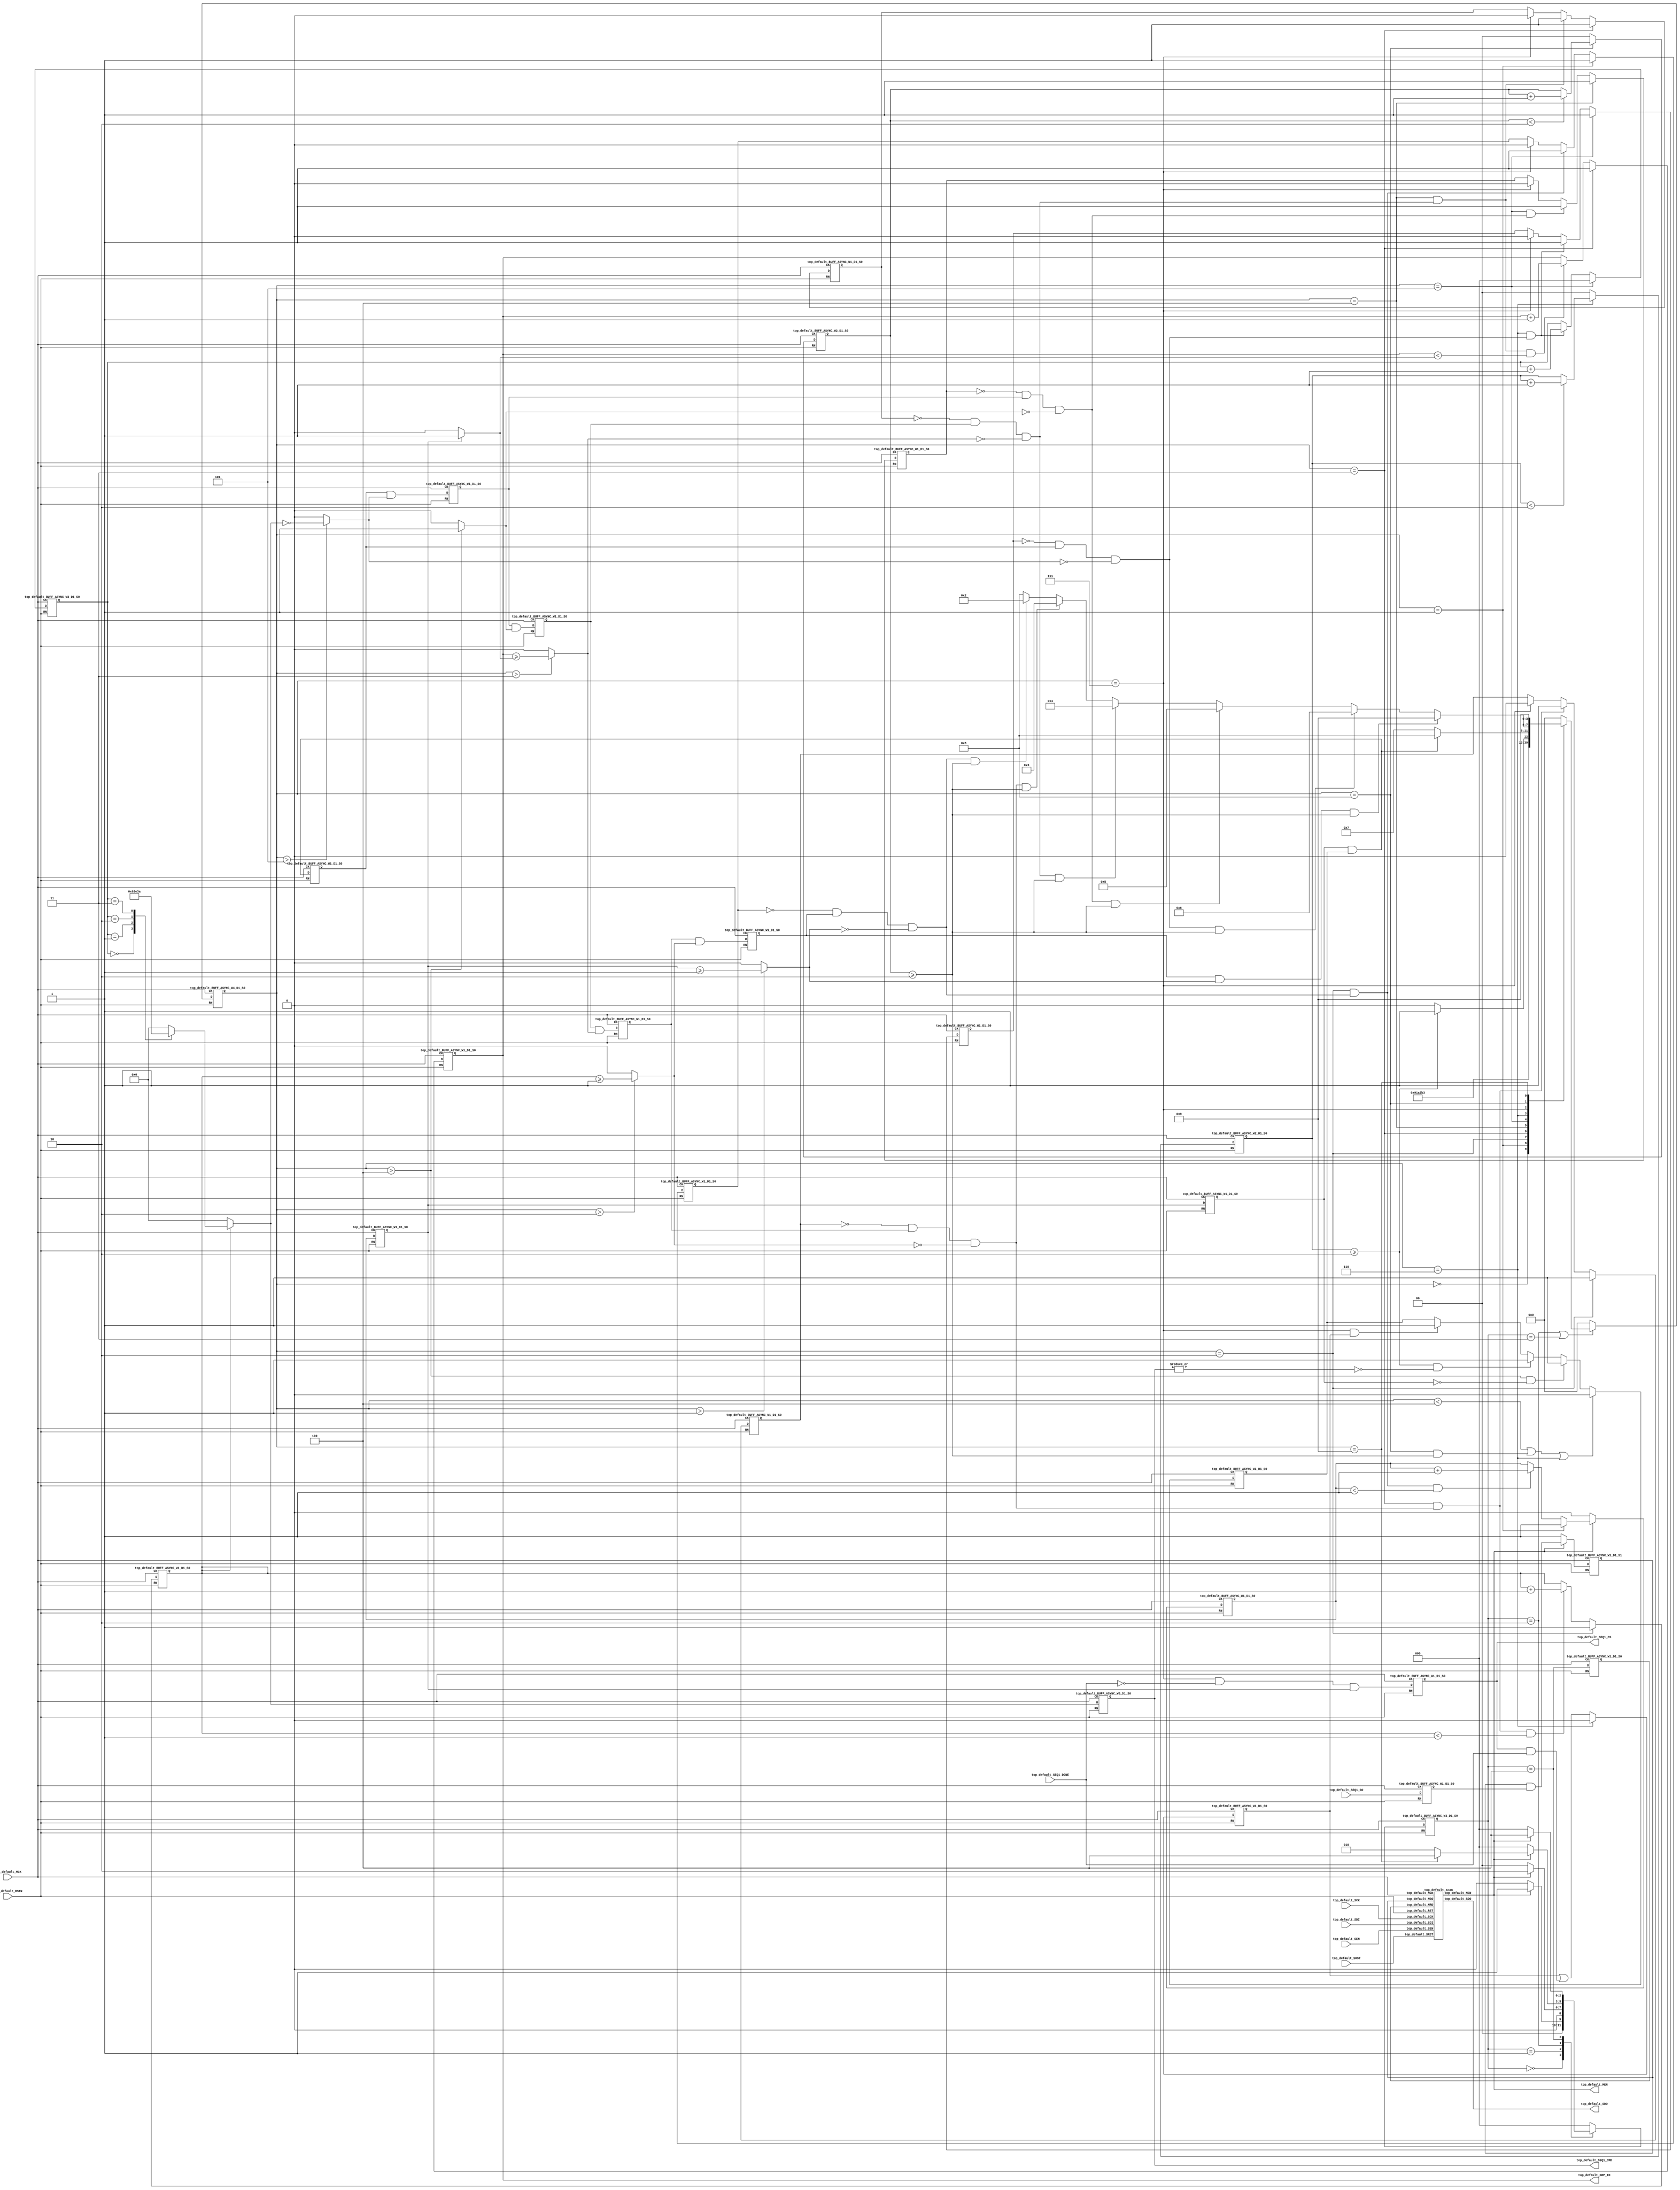
`default_nettype wire 

module top_default_controller (
  top_default_MCK,
  top_default_RSTN,
  top_default_SCK,
  top_default_SDI,
  top_default_SEN,
  top_default_SEQ1_DONE,
  top_default_SEQ1_GO,
  top_default_SRST,
  top_default_GRP_ID,
  top_default_MEN,
  top_default_SDO,
  top_default_SEQ1_CMD,
  top_default_SEQ1_CS
);

parameter top_default_seq_id_width      = 1;
parameter top_default_grp_id_width      = 1;
parameter top_default_meb_id_width      = 1;
parameter top_default_bg_width          = 1;
parameter top_default_state_width       = 3;
parameter top_default_Run_Test_Idle     = 3'd0;
parameter top_default_Apply_MB          = 3'd1;
parameter top_default_Run_MB            = 3'd2;
parameter top_default_Scan_MB           = 3'd3;
parameter top_default_Done_MB           = 3'd4;
parameter top_default_det_state_width   = 4;
parameter top_default_Det_Idle          = 4'd0;
parameter top_default_Det_Fetch         = 4'd1;
parameter top_default_Det_SEQ           = 4'd2;
parameter top_default_Det_ALG           = 4'd3;
parameter top_default_Det_GRP           = 4'd4;
parameter top_default_Det_BG            = 4'd5;
parameter top_default_Det_CMD           = 4'd6;
parameter top_default_Det_Run           = 4'd7;
parameter top_default_Det_Eval          = 4'd8;
parameter top_default_Det_Done          = 4'd9;
parameter top_default_SEQ_ID_cnt_max    = 1;
parameter top_default_cmd_stable_cyc    = 2;
parameter top_default_eval_stable_cyc   = 2;
parameter top_default_cmd_width         = 5;
parameter top_default_alg_cnt_width     = 1;
parameter top_default_cmd_cnt_width     = 3;
parameter top_default_cmd_fix_width     = 5;

input                                   top_default_MCK;
input                                   top_default_RSTN;
input                                   top_default_SCK;
input                                   top_default_SDI;
input                                   top_default_SEN;
input                                   top_default_SEQ1_DONE;
input                                   top_default_SEQ1_GO;
input                                   top_default_SRST;
output  [top_default_grp_id_width - 1:0]            top_default_GRP_ID;
output                                  top_default_MEN;
output                                  top_default_SDO;
output  [top_default_cmd_width - 1:0]               top_default_SEQ1_CMD;
output                                  top_default_SEQ1_CS;

reg     [top_default_alg_cnt_width - 1:0] top_default_ALGO_next;
reg     [1:0]                           top_default_CMD_STABLE_cnt_next;
reg     [top_default_cmd_cnt_width - 1:0] top_default_CMD_cnt_next;
reg     [1:0]                           top_default_EVAL_STABLE_cnt_next;
reg     [top_default_grp_id_width - 1:0] top_default_GRP_ID_cnt_max;
reg     [top_default_grp_id_width - 1:0] top_default_GRP_ID_cnt_next;
reg                                     top_default_SEQ1_CMD_DONE_next;
reg                                     top_default_SEQ1_wait_next;
reg     [top_default_seq_id_width - 1:0] top_default_SEQ_ID_cnt_next;
reg     [top_default_cmd_fix_width - 1:0] top_default_SRAM_CMD_fix;
reg                                     top_default_max_ALG_mp;
reg     [top_default_det_state_width - 1:0] top_default_next_det_state;
reg                                     top_default_next_new_ALG;
reg                                     top_default_next_new_BG;
reg                                     top_default_next_new_CMD;
reg                                     top_default_next_new_GRP;
reg                                     top_default_next_new_SEQ;
reg     [top_default_state_width - 1:0] top_default_next_state;

wire    [top_default_alg_cnt_width - 1:0] top_default_ALGO;
wire                                    top_default_ALG_CHG;
wire                                    top_default_ALG_DONE;
wire                                    top_default_ALG_DONE_next;
wire                                    top_default_ALL_CMD_ZERO;
wire                                    top_default_ALL_TEST_DONE;
wire                                    top_default_BG_CHG;
wire                                    top_default_BG_DONE;
wire                                    top_default_BG_DONE_next;
wire                                    top_default_BIST_DONE;
wire                                    top_default_BIST_GO;
wire                                    top_default_BIST_GO_next;
wire                                    top_default_CMD_CHG;
wire                                    top_default_CMD_CHG_DONE;
wire                                    top_default_CMD_DONE;
wire                                    top_default_CMD_DONE_next;
wire    [1:0]                           top_default_CMD_STABLE_cnt;
wire    [top_default_cmd_cnt_width - 1:0] top_default_CMD_cnt;
wire                                    top_default_EVAL_DONE;
wire    [1:0]                           top_default_EVAL_STABLE_cnt;
wire                                    top_default_GRP_CHG;
wire                                    top_default_GRP_DONE;
wire                                    top_default_GRP_DONE_next;
wire    [top_default_grp_id_width - 1:0] top_default_GRP_ID;
wire    [top_default_grp_id_width - 1:0] top_default_GRP_ID_cnt;
wire                                    top_default_LAST_ALG;
wire                                    top_default_LAST_BG;
wire                                    top_default_LAST_CMD;
wire                                    top_default_LAST_GRP;
wire                                    top_default_LAST_SEQ;
wire                                    top_default_MEN;
wire                                    top_default_MGO;
wire                                    top_default_MRD;
wire                                    top_default_MRD_next;
wire                                    top_default_ONE_SEQ_WAIT;
wire                                    top_default_RST;
wire                                    top_default_RSTN;
wire    [top_default_cmd_width - 1:0]   top_default_SEQ1_CMD;
wire                                    top_default_SEQ1_CMD_DONE;
wire                                    top_default_SEQ1_CS_init;
wire                                    top_default_SEQ1_CS_init_next;
wire                                    top_default_SEQ1_SELECT;
wire                                    top_default_SEQ1_SELECT_next;
wire                                    top_default_SEQ1_wait;
wire                                    top_default_SEQ_CHG;
wire                                    top_default_SEQ_DONE;
wire                                    top_default_SEQ_DONE_next;
wire    [top_default_seq_id_width - 1:0] top_default_SEQ_ID;
wire    [top_default_seq_id_width - 1:0] top_default_SEQ_ID_cnt;
wire    [top_default_seq_id_width - 1:0] top_default_SEQ_ID_next;
wire                                    top_default_SEQ_WAIT;
wire    [top_default_cmd_width - 1:0]   top_default_SRAM_CMD;
wire                                    top_default_SRAM_SEQ;
wire    [top_default_cmd_width - 1:0]   top_default_SRAM_next_CMD;
wire                                    top_default_SRST;
wire                                    top_default_SeqOn;
wire                                    top_default_TEST_GO;
wire                                    top_default_TEST_GO_next;
wire                                    top_default_ctr_en;
wire    [top_default_det_state_width - 1:0] top_default_det_state;
wire                                    top_default_new_ALG;
wire                                    top_default_new_BG;
wire                                    top_default_new_CMD;
wire                                    top_default_new_GRP;
wire                                    top_default_new_SEQ;
wire                                    top_default_s_det_alg;
wire                                    top_default_s_det_bg;
wire                                    top_default_s_det_cmd;
wire                                    top_default_s_det_done;
wire                                    top_default_s_det_eval;
wire                                    top_default_s_det_fetch;
wire                                    top_default_s_det_grp;
wire                                    top_default_s_det_run;
wire                                    top_default_s_det_seq;
wire                                    top_default_s_run_mb;
wire    [top_default_state_width - 1:0] top_default_state;

assign top_default_ALG_CHG = ~top_default_new_ALG & top_default_ALG_DONE & ~top_default_LAST_ALG;
assign top_default_ALG_DONE_next = top_default_GRP_DONE & top_default_LAST_GRP;
assign top_default_ALL_CMD_ZERO = ((top_default_SRAM_CMD_fix) == 5'd0);
assign top_default_ALL_TEST_DONE = top_default_SEQ_DONE & top_default_LAST_SEQ;
assign top_default_BG_CHG = ~top_default_new_BG & top_default_BG_DONE & ~top_default_LAST_BG;
assign top_default_BG_DONE_next = top_default_CMD_DONE & top_default_LAST_CMD;
assign top_default_BIST_DONE = top_default_s_det_done;
assign top_default_BIST_GO_next = top_default_SEQ1_GO;
assign top_default_CMD_CHG = ~top_default_new_CMD & top_default_CMD_DONE & ~top_default_LAST_CMD;
assign top_default_CMD_CHG_DONE = (top_default_CMD_STABLE_cnt >= top_default_cmd_stable_cyc);
assign top_default_CMD_DONE_next = top_default_SEQ_WAIT;
assign top_default_EVAL_DONE = (top_default_EVAL_STABLE_cnt >= top_default_eval_stable_cyc);
assign top_default_GRP_CHG = ~top_default_new_GRP & top_default_GRP_DONE & ~top_default_LAST_GRP;
assign top_default_GRP_DONE_next = top_default_BG_DONE & top_default_LAST_BG;
assign top_default_GRP_ID = top_default_GRP_ID_cnt;
assign top_default_LAST_ALG = (top_default_det_state > top_default_Det_SEQ) ? (top_default_ALGO >= top_default_max_ALG_mp) : 1'd0;
assign top_default_LAST_BG = (top_default_det_state > top_default_Det_GRP) ? 1'd1 : 1'd0;
assign top_default_LAST_CMD = (top_default_det_state > top_default_Det_BG) ? top_default_ALL_CMD_ZERO : 1'd0;
assign top_default_LAST_GRP = (top_default_det_state > top_default_Det_ALG) ? (top_default_GRP_ID >= top_default_GRP_ID_cnt_max) : 1'd0;
assign top_default_LAST_SEQ = (top_default_det_state > top_default_Det_Fetch) ? (top_default_SEQ_ID >= top_default_SEQ_ID_cnt_max) : 1'd0;
assign top_default_MGO = top_default_TEST_GO;
assign top_default_MRD_next = (top_default_state == top_default_Done_MB);
assign top_default_ONE_SEQ_WAIT = (top_default_SEQ1_SELECT & top_default_SEQ1_wait);
assign top_default_RST = top_default_RSTN;
assign top_default_SEQ1_CMD = top_default_SRAM_CMD;
assign top_default_SEQ1_CS = top_default_SEQ1_CS_init;
assign top_default_SEQ1_CS_init_next = top_default_SeqOn & ~top_default_SEQ1_DONE & (top_default_SEQ_ID == 1'd1);
assign top_default_SEQ1_SELECT_next = (top_default_SEQ_ID == 1'd1);
assign top_default_SEQ_CHG = ~top_default_new_SEQ & top_default_SEQ_DONE & ~top_default_LAST_SEQ;
assign top_default_SEQ_DONE_next = top_default_ALG_DONE & top_default_LAST_ALG;
assign top_default_SEQ_ID_next = top_default_SEQ_ID_cnt;
assign top_default_SEQ_WAIT = top_default_ONE_SEQ_WAIT;
assign top_default_SRAM_SEQ = (top_default_SEQ_ID == 1'd1);
assign top_default_SRAM_next_CMD = top_default_SRAM_CMD_fix;
assign top_default_SeqOn = top_default_s_det_run;
assign top_default_TEST_GO_next = top_default_MEN ? (top_default_TEST_GO & top_default_BIST_GO) : 1'b1;
assign top_default_ctr_en = top_default_MEN;
assign top_default_s_det_alg = (top_default_det_state == top_default_Det_ALG);
assign top_default_s_det_bg = (top_default_det_state == top_default_Det_BG);
assign top_default_s_det_cmd = (top_default_det_state == top_default_Det_CMD);
assign top_default_s_det_done = (top_default_det_state == top_default_Det_Done);
assign top_default_s_det_eval = (top_default_det_state == top_default_Det_Eval);
assign top_default_s_det_fetch = (top_default_det_state == top_default_Det_Fetch);
assign top_default_s_det_grp = (top_default_det_state == top_default_Det_GRP);
assign top_default_s_det_run = (top_default_det_state == top_default_Det_Run);
assign top_default_s_det_seq = (top_default_det_state == top_default_Det_SEQ);
assign top_default_s_run_mb = (top_default_state == top_default_Run_MB)|(top_default_state == top_default_Scan_MB);

always @(*) begin
  if (top_default_s_det_seq) begin
    top_default_ALGO_next = 1'd1;
  end else if (top_default_s_det_alg & top_default_ALG_CHG & (top_default_ALGO < top_default_max_ALG_mp)) begin
    top_default_ALGO_next = top_default_ALGO + 1'd1;
  end else begin
    top_default_ALGO_next = top_default_ALGO;
  end
end

always @(*) begin
  if (top_default_s_det_bg) begin
    top_default_CMD_cnt_next = 3'd0;
  end else if (top_default_s_det_cmd & top_default_CMD_CHG) begin
    top_default_CMD_cnt_next = top_default_CMD_cnt + 3'b001;
  end else begin
    top_default_CMD_cnt_next = top_default_CMD_cnt;
  end
end

always @(*) begin
  case (top_default_ALGO) //synopsys parallel_case
    1'b1 : begin
      case (top_default_CMD_cnt) //synopsys parallel_case
        3'b000: top_default_SRAM_CMD_fix = 5'b01100;
        3'b001: top_default_SRAM_CMD_fix = 5'b01011;
        3'b010: top_default_SRAM_CMD_fix = 5'b10001;
        3'b011: top_default_SRAM_CMD_fix = 5'b11010;
        default: top_default_SRAM_CMD_fix = 5'b00000;
      endcase
    end
    default: top_default_SRAM_CMD_fix = 5'b00000;
  endcase
end

always @(*) begin
  if (~top_default_s_det_cmd) begin
    top_default_CMD_STABLE_cnt_next = 2'd0;
  end else if (top_default_CMD_STABLE_cnt < top_default_cmd_stable_cyc) begin
    top_default_CMD_STABLE_cnt_next = top_default_CMD_STABLE_cnt + 2'd1;
  end else begin
    top_default_CMD_STABLE_cnt_next = top_default_CMD_STABLE_cnt;
  end
end

always @(*) begin
  if (~top_default_s_det_eval) begin
    top_default_EVAL_STABLE_cnt_next = 2'd0;
  end else if (top_default_EVAL_STABLE_cnt < top_default_eval_stable_cyc) begin
    top_default_EVAL_STABLE_cnt_next = top_default_EVAL_STABLE_cnt + 2'd1;
  end else begin
    top_default_EVAL_STABLE_cnt_next = top_default_EVAL_STABLE_cnt;
  end
end

always @(*) begin
  case (top_default_SEQ_ID)
    1'b1: top_default_GRP_ID_cnt_max = 1'd1;
    default: top_default_GRP_ID_cnt_max =  1'd0;
  endcase
end

always @(*) begin
  if (top_default_s_det_alg) begin
    top_default_GRP_ID_cnt_next = 1'd1;
  end else if (top_default_s_det_grp & top_default_GRP_CHG & (top_default_GRP_ID_cnt < top_default_GRP_ID_cnt_max)) begin
    top_default_GRP_ID_cnt_next = top_default_GRP_ID_cnt + 1'd1;
  end else begin
    top_default_GRP_ID_cnt_next = top_default_GRP_ID_cnt;
  end
end

always @(*) begin
  if (top_default_s_det_cmd) begin
    top_default_SEQ1_CMD_DONE_next = 1'd0;
  end else begin
    top_default_SEQ1_CMD_DONE_next = top_default_SEQ1_CMD_DONE | (top_default_SEQ1_CS_init & top_default_SEQ1_DONE);
  end
end

always @(*) begin
  if ((top_default_det_state < top_default_Det_GRP) | (top_default_s_det_eval & top_default_EVAL_DONE) | (top_default_s_det_cmd)) begin
    top_default_SEQ1_wait_next = 1'd0;
  end else if ((top_default_det_state > top_default_Det_GRP) & ~top_default_SEQ1_SELECT) begin
    top_default_SEQ1_wait_next = 1'd1;
  end else if (top_default_CMD_CHG_DONE & ~|top_default_SEQ1_CMD[top_default_cmd_width-1:top_default_cmd_width-top_default_cmd_fix_width]) begin
    top_default_SEQ1_wait_next = 1'd1;
  end else if (top_default_s_det_run & top_default_SEQ1_CMD_DONE) begin
    top_default_SEQ1_wait_next = 1'd1;
  end else begin
    top_default_SEQ1_wait_next = top_default_SEQ1_wait;
  end
end

always @(*) begin
  if (~top_default_MEN) begin
    top_default_SEQ_ID_cnt_next = 1'd0;
  end else if (top_default_s_det_fetch) begin
    top_default_SEQ_ID_cnt_next = 1'd1;
  end else if (top_default_s_det_seq & top_default_SEQ_CHG & (top_default_SEQ_ID_cnt < top_default_SEQ_ID_cnt_max)) begin
    top_default_SEQ_ID_cnt_next = top_default_SEQ_ID_cnt + 1'd1;
  end else begin
    top_default_SEQ_ID_cnt_next = top_default_SEQ_ID_cnt;
  end
end

always @(*) begin
    case (top_default_SEQ_ID)
      1'b1: top_default_max_ALG_mp = 1'd1;
      default: top_default_max_ALG_mp = 1'd1;
    endcase
end

always @(*) begin
  if (~top_default_s_run_mb) begin
    top_default_next_det_state = top_default_Det_Idle;
  end else begin
      case (top_default_det_state)
          top_default_Det_Idle:  top_default_next_det_state = top_default_Det_Fetch;
          top_default_Det_Fetch: top_default_next_det_state = top_default_Det_SEQ;
          top_default_Det_SEQ:   top_default_next_det_state = top_default_Det_ALG;
          top_default_Det_ALG:   top_default_next_det_state = top_default_Det_GRP;
          top_default_Det_GRP:   top_default_next_det_state = top_default_Det_BG;
          top_default_Det_BG:    top_default_next_det_state = top_default_Det_CMD;
          top_default_Det_CMD:   top_default_next_det_state = (top_default_CMD_CHG_DONE) ? top_default_Det_Run : top_default_Det_CMD;
          top_default_Det_Run:   top_default_next_det_state = top_default_SEQ_WAIT ? top_default_Det_Eval : top_default_Det_Run;
          top_default_Det_Eval:  begin
              if (top_default_ALL_TEST_DONE & top_default_EVAL_DONE) begin
                  top_default_next_det_state = top_default_Det_Done;
              end else if (top_default_CMD_CHG & top_default_EVAL_DONE) begin
                  top_default_next_det_state = top_default_Det_CMD;
              end else if (top_default_BG_CHG & top_default_EVAL_DONE) begin
                  top_default_next_det_state = top_default_Det_BG;
              end else if (top_default_GRP_CHG & top_default_EVAL_DONE) begin
                  top_default_next_det_state = top_default_Det_GRP;
              end else if (top_default_ALG_CHG & top_default_EVAL_DONE) begin
                  top_default_next_det_state = top_default_Det_ALG;
              end else if (top_default_SEQ_CHG & top_default_EVAL_DONE) begin
                  top_default_next_det_state = top_default_Det_SEQ;
              end else begin
                  top_default_next_det_state = top_default_Det_Eval;
              end
          end
          top_default_Det_Done:  top_default_next_det_state = top_default_Det_Done;
          default: top_default_next_det_state = top_default_Det_Idle;
      endcase
  end
end

always @(*) begin
  if (top_default_s_det_seq) begin
    top_default_next_new_ALG = 1'b1;
  end else if (top_default_s_det_alg & top_default_ALG_CHG) begin
    top_default_next_new_ALG = 1'b1;
  end else if (top_default_s_det_run) begin
    top_default_next_new_ALG = 1'b0;
  end else begin
    top_default_next_new_ALG = top_default_new_ALG;
  end
end

always @(*) begin
  if (top_default_s_det_grp) begin
    top_default_next_new_BG = 1'b1;
  end else if (top_default_s_det_bg & top_default_BG_CHG) begin
    top_default_next_new_BG = 1'b1;
  end else if (top_default_s_det_run) begin
    top_default_next_new_BG = 1'b0;
  end else begin
    top_default_next_new_BG = top_default_new_BG;
  end
end

always @(*) begin
  if (top_default_s_det_bg) begin
    top_default_next_new_CMD = 1'b1;
  end else if (top_default_s_det_cmd & top_default_CMD_CHG) begin
    top_default_next_new_CMD = 1'b1;
  end else if (top_default_s_det_run) begin
    top_default_next_new_CMD = 1'b0;
  end else begin
    top_default_next_new_CMD = top_default_new_CMD;
  end
end

always @(*) begin
  if (top_default_s_det_alg) begin
    top_default_next_new_GRP = 1'b1;
  end else if (top_default_s_det_grp & top_default_GRP_CHG) begin
    top_default_next_new_GRP = 1'b1;
  end else if (top_default_s_det_run) begin
    top_default_next_new_GRP = 1'b0;
  end else begin
    top_default_next_new_GRP = top_default_new_GRP;
  end
end

always @(*) begin
  if (top_default_s_det_fetch) begin
    top_default_next_new_SEQ = 1'b1;
  end else if (top_default_s_det_seq & top_default_SEQ_CHG) begin
    top_default_next_new_SEQ = 1'b1;
  end else if (top_default_s_det_run) begin
    top_default_next_new_SEQ = 1'b0;
  end else begin
    top_default_next_new_SEQ = top_default_new_SEQ;
  end
end

always @(*) begin
  case (top_default_state)
    top_default_Run_Test_Idle: top_default_next_state = top_default_ctr_en ? top_default_Apply_MB : top_default_Run_Test_Idle;
    top_default_Apply_MB:      top_default_next_state = top_default_ctr_en ? top_default_Run_MB : top_default_Run_Test_Idle;
    top_default_Run_MB:        top_default_next_state = top_default_ctr_en ? (top_default_BIST_DONE ? top_default_Done_MB : top_default_Run_MB)
                                       : top_default_Run_Test_Idle;
    top_default_Done_MB:       top_default_next_state = top_default_ctr_en ? top_default_Done_MB : top_default_Run_Test_Idle;
    default:       top_default_next_state = top_default_Run_Test_Idle;
  endcase
end

top_default_BUFF_ASYNC_W1_D1_S0 top_default_ctr_alg_done_reg (
  .CK(top_default_MCK),
  .RN(top_default_RST),
  .D(top_default_ALG_DONE_next),
  .Q(top_default_ALG_DONE)
);

top_default_BUFF_ASYNC_W1_D1_S0 top_default_ctr_alg_reg (
  .CK(top_default_MCK),
  .RN(top_default_RST),
  .D(top_default_ALGO_next),
  .Q(top_default_ALGO)
);

top_default_BUFF_ASYNC_W1_D1_S0 top_default_ctr_bg_done_reg (
  .CK(top_default_MCK),
  .RN(top_default_RST),
  .D(top_default_BG_DONE_next),
  .Q(top_default_BG_DONE)
);

top_default_BUFF_ASYNC_W1_D1_S0 top_default_ctr_bist_go_reg (
  .CK(top_default_MCK),
  .RN(top_default_RST),
  .D(top_default_BIST_GO_next),
  .Q(top_default_BIST_GO)
);

top_default_BUFF_ASYNC_W3_D1_S0 top_default_ctr_cmd_cnt_reg (
  .CK(top_default_MCK),
  .RN(top_default_RST),
  .D(top_default_CMD_cnt_next),
  .Q(top_default_CMD_cnt)
);

top_default_BUFF_ASYNC_W1_D1_S0 top_default_ctr_cmd_done_reg (
  .CK(top_default_MCK),
  .RN(top_default_RST),
  .D(top_default_CMD_DONE_next),
  .Q(top_default_CMD_DONE)
);

top_default_BUFF_ASYNC_W5_D1_S0 top_default_ctr_cmd_reg_SRAM (
  .CK(top_default_MCK),
  .RN(top_default_RST),
  .D(top_default_SRAM_next_CMD),
  .Q(top_default_SRAM_CMD)
);

top_default_BUFF_ASYNC_W2_D1_S0 top_default_ctr_cmd_stable_cnt_reg (
  .CK(top_default_MCK),
  .RN(top_default_RST),
  .D(top_default_CMD_STABLE_cnt_next),
  .Q(top_default_CMD_STABLE_cnt)
);

top_default_BUFF_ASYNC_W4_D1_S0 top_default_ctr_det_state_reg (
  .CK(top_default_MCK),
  .RN(top_default_RST),
  .D(top_default_next_det_state),
  .Q(top_default_det_state)
);

top_default_BUFF_ASYNC_W2_D1_S0 top_default_ctr_eval_stable_cnt_reg (
  .CK(top_default_MCK),
  .RN(top_default_RST),
  .D(top_default_EVAL_STABLE_cnt_next),
  .Q(top_default_EVAL_STABLE_cnt)
);

top_default_BUFF_ASYNC_W1_D1_S0 top_default_ctr_grp_done_reg (
  .CK(top_default_MCK),
  .RN(top_default_RST),
  .D(top_default_GRP_DONE_next),
  .Q(top_default_GRP_DONE)
);

top_default_BUFF_ASYNC_W1_D1_S0 top_default_ctr_grp_id_cnt_reg (
  .CK(top_default_MCK),
  .RN(top_default_RST),
  .D(top_default_GRP_ID_cnt_next),
  .Q(top_default_GRP_ID_cnt)
);

top_default_BUFF_ASYNC_W1_D1_S0 top_default_ctr_mrd_reg (
  .CK(top_default_MCK),
  .RN(top_default_RST),
  .D(top_default_MRD_next),
  .Q(top_default_MRD)
);

top_default_BUFF_ASYNC_W1_D1_S0 top_default_ctr_new_ALG_reg (
  .CK(top_default_MCK),
  .RN(top_default_RST),
  .D(top_default_next_new_ALG),
  .Q(top_default_new_ALG)
);

top_default_BUFF_ASYNC_W1_D1_S0 top_default_ctr_new_BG_reg (
  .CK(top_default_MCK),
  .RN(top_default_RST),
  .D(top_default_next_new_BG),
  .Q(top_default_new_BG)
);

top_default_BUFF_ASYNC_W1_D1_S0 top_default_ctr_new_CMD_reg (
  .CK(top_default_MCK),
  .RN(top_default_RST),
  .D(top_default_next_new_CMD),
  .Q(top_default_new_CMD)
);

top_default_BUFF_ASYNC_W1_D1_S0 top_default_ctr_new_GRP_reg (
  .CK(top_default_MCK),
  .RN(top_default_RST),
  .D(top_default_next_new_GRP),
  .Q(top_default_new_GRP)
);

top_default_BUFF_ASYNC_W1_D1_S0 top_default_ctr_new_SEQ_reg (
  .CK(top_default_MCK),
  .RN(top_default_RST),
  .D(top_default_next_new_SEQ),
  .Q(top_default_new_SEQ)
);

top_default_scan ctr_scan_inst(
  .top_default_MCK(top_default_MCK),
  .top_default_MGO(top_default_MGO),
  .top_default_MRD(top_default_MRD),
  .top_default_RST(top_default_RST),
  .top_default_SCK(top_default_SCK),
  .top_default_SDI(top_default_SDI),
  .top_default_SEN(top_default_SEN),
  .top_default_SRST(top_default_SRST),
  .top_default_MEN(top_default_MEN),
  .top_default_SDO(top_default_SDO)
);

top_default_BUFF_ASYNC_W1_D1_S0 top_default_ctr_seq1_cmd_done_reg (
  .CK(top_default_MCK),
  .RN(top_default_RST),
  .D(top_default_SEQ1_CMD_DONE_next),
  .Q(top_default_SEQ1_CMD_DONE)
);

top_default_BUFF_ASYNC_W1_D1_S0 top_default_ctr_seq1_cs_init_reg (
  .CK(top_default_MCK),
  .RN(top_default_RST),
  .D(top_default_SEQ1_CS_init_next),
  .Q(top_default_SEQ1_CS_init)
);

top_default_BUFF_ASYNC_W1_D1_S0 top_default_ctr_seq1_select_reg (
  .CK(top_default_MCK),
  .RN(top_default_RST),
  .D(top_default_SEQ1_SELECT_next),
  .Q(top_default_SEQ1_SELECT)
);

top_default_BUFF_ASYNC_W1_D1_S0 top_default_ctr_seq1_wait_reg (
  .CK(top_default_MCK),
  .RN(top_default_RST),
  .D(top_default_SEQ1_wait_next),
  .Q(top_default_SEQ1_wait)
);

top_default_BUFF_ASYNC_W1_D1_S0 top_default_ctr_seq_done_reg (
  .CK(top_default_MCK),
  .RN(top_default_RST),
  .D(top_default_SEQ_DONE_next),
  .Q(top_default_SEQ_DONE)
);

top_default_BUFF_ASYNC_W1_D1_S0 top_default_ctr_seq_id_reg (
  .CK(top_default_MCK),
  .RN(top_default_RST),
  .D(top_default_SEQ_ID_next),
  .Q(top_default_SEQ_ID)
);

top_default_BUFF_ASYNC_W1_D1_S0 top_default_ctr_sid_cnt_reg (
  .CK(top_default_MCK),
  .RN(top_default_RST),
  .D(top_default_SEQ_ID_cnt_next),
  .Q(top_default_SEQ_ID_cnt)
);

top_default_BUFF_ASYNC_W3_D1_S0 top_default_ctr_state_reg (
  .CK(top_default_MCK),
  .RN(top_default_RST),
  .D(top_default_next_state),
  .Q(top_default_state)
);

top_default_BUFF_ASYNC_W1_D1_S1 top_default_ctr_test_go_reg (
  .CK(top_default_MCK),
  .RN(top_default_RST),
  .D(top_default_TEST_GO_next),
  .Q(top_default_TEST_GO)
);
endmodule

module top_default_scan (
  top_default_MCK,
  top_default_MGO,
  top_default_MRD,
  top_default_RST,
  top_default_SCK,
  top_default_SDI,
  top_default_SEN,
  top_default_SRST,
  top_default_MEN,
  top_default_SDO
);

parameter IR_width                      = 2;
parameter top_default_IDLE_STATE        = 3'd0;
parameter top_default_SCAN_IR_STATE     = 3'd1;
parameter top_default_SCAN_UIR_STATE    = 3'd2;
parameter top_default_SCAN_PRE_UDR_STATE = 3'd3;
parameter top_default_SCAN_WAIT_STATE   = 3'd4;
parameter top_default_SCAN_DR_STATE     = 3'd5;
parameter top_default_SCAN_UDR_STATE    = 3'd6;
parameter test_result_width             = 2;
parameter test_command_width            = 1;

input                                   top_default_MCK;
input                                   top_default_MGO;
input                                   top_default_MRD;
input                                   top_default_RST;
input                                   top_default_SCK;
input                                   top_default_SDI;
input                                   top_default_SEN;
input                                   top_default_SRST;
output                                  top_default_MEN;
output                                  top_default_SDO;

reg     [IR_width - 1:0]                IR;
reg     [IR_width - 1:0]                IR_shift_reg;
reg                                     top_default_SDO;
reg                                     bypass_DR;
reg     [2:0]                           top_default_next_scan_state;
reg     [test_command_width - 1:0]      test_command;
reg     [test_command_width - 1:0]      test_command_DR;
reg     [test_result_width - 1:0]       test_result_DR;

wire                                    IR_shift_reg_LSB;
wire                                    top_default_UpdateDR;
wire                                    UpdateDR_async;
wire                                    top_default_UpdateIR;
wire                                    capture_test_result;
wire    [IR_width - 1:0]                next_IR_shift_reg;
wire    [test_command_width - 1:0]      next_test_command_DR;
wire    [test_result_width - 1:0]       next_test_result_DR;
wire    [2:0]                           top_default_scan_state;
wire                                    shift_to_DR;
wire                                    shift_to_IR;
wire                                    test_command_LSB;
wire    [test_result_width - 1:0]       test_result;
wire                                    test_result_LSB;

assign #1 top_default_MEN = test_command;
assign top_default_UpdateDR = (top_default_scan_state == top_default_SCAN_PRE_UDR_STATE) | (top_default_scan_state == top_default_SCAN_UDR_STATE);
assign top_default_UpdateIR = (top_default_scan_state == top_default_SCAN_UIR_STATE);
assign capture_test_result = (top_default_scan_state == top_default_SCAN_PRE_UDR_STATE) & (IR == 2'b10);
assign shift_to_DR = (top_default_next_scan_state == top_default_SCAN_DR_STATE);
assign shift_to_IR = (top_default_next_scan_state == top_default_SCAN_IR_STATE);
assign test_result = {top_default_MGO, top_default_MRD};
assign {next_IR_shift_reg, IR_shift_reg_LSB} = {top_default_SDI, IR_shift_reg};
assign {next_test_command_DR, test_command_LSB} = {top_default_SDI, test_command_DR};
assign {next_test_result_DR, test_result_LSB} = {top_default_SDI, test_result_DR};

always @(*) begin
  if (shift_to_IR) begin
    top_default_SDO = IR_shift_reg_LSB;
  end else begin
    case (IR)
      2'b00: top_default_SDO = bypass_DR;
      2'b01: top_default_SDO = test_command_LSB;
      2'b10: top_default_SDO = test_result_LSB;
      default: top_default_SDO = 1'b0;
    endcase
  end
end

always @(*) begin
  case (top_default_scan_state)
    top_default_IDLE_STATE: top_default_next_scan_state = top_default_SEN ? top_default_SCAN_IR_STATE : top_default_IDLE_STATE;
    top_default_SCAN_IR_STATE: top_default_next_scan_state = top_default_SEN ? top_default_SCAN_IR_STATE : top_default_SCAN_UIR_STATE;
    top_default_SCAN_UIR_STATE: top_default_next_scan_state = ~IR_shift_reg[1] ? top_default_SCAN_WAIT_STATE : top_default_SCAN_PRE_UDR_STATE;
    top_default_SCAN_PRE_UDR_STATE: top_default_next_scan_state = top_default_SCAN_WAIT_STATE;
    top_default_SCAN_WAIT_STATE: top_default_next_scan_state = top_default_SEN ? top_default_SCAN_DR_STATE : top_default_SCAN_WAIT_STATE;
    top_default_SCAN_DR_STATE: top_default_next_scan_state = top_default_SEN ? top_default_SCAN_DR_STATE : ~IR_shift_reg[1] ? top_default_SCAN_UDR_STATE : top_default_IDLE_STATE;
    top_default_SCAN_UDR_STATE: top_default_next_scan_state = top_default_IDLE_STATE;
    default: top_default_next_scan_state = top_default_IDLE_STATE;
  endcase
end

always @(posedge top_default_SCK or negedge top_default_SRST) begin
  if (~top_default_SRST) begin
    IR <= 2'd0;
  end else begin
    if (top_default_UpdateIR) begin
      IR <= IR_shift_reg;
    end else begin
      IR <= IR;
    end
  end
end

always @(posedge top_default_SCK or negedge top_default_SRST) begin
  if (~top_default_SRST) begin
    IR_shift_reg <= 2'd0;
  end else begin
    if (shift_to_IR) begin
      IR_shift_reg <= next_IR_shift_reg;
    end else begin
      IR_shift_reg <= IR_shift_reg;
    end
  end
end

always @(posedge top_default_SCK or negedge top_default_SRST) begin
  if (~top_default_SRST) begin
    bypass_DR <= 1'd0;
  end else begin
    if (shift_to_DR & (IR == 2'b00)) begin
      bypass_DR <= top_default_SDI;
    end else begin
      bypass_DR <= bypass_DR;
    end
  end
end

always @(posedge top_default_MCK or negedge top_default_RST) begin
  if (~top_default_RST) begin
    test_command <= 1'd0;
  end else begin
    if (UpdateDR_async) begin
      test_command <= test_command_DR;
    end else begin
      test_command <= test_command;
    end
  end
end

always @(posedge top_default_SCK or negedge top_default_SRST) begin
  if (~top_default_SRST) begin
    test_command_DR <= 1'd0;
  end else begin
    if (shift_to_DR & (IR == 2'b01)) begin
      test_command_DR <= next_test_command_DR;
    end else begin
      test_command_DR <= test_command_DR;
    end
  end
end

always @(posedge top_default_SCK or negedge top_default_SRST) begin
  if (~top_default_SRST) begin
    test_result_DR <= 2'd0;
  end else begin
    if (capture_test_result) begin
      test_result_DR <= test_result;
    end else if (shift_to_DR & (IR == 2'b10)) begin
      test_result_DR <= next_test_result_DR;
    end else begin
      test_result_DR <= test_result_DR;
    end
  end
end

top_default_async_pos_pulse_W1 UpdateDR_async_sys (
  .CKA(top_default_SCK),
  .CKB(top_default_MCK),
  .RNA(top_default_SRST),
  .RNB(top_default_RST),
  .DA(top_default_UpdateDR),
  .DB(UpdateDR_async)
);

top_default_BUFF_ASYNC_W3_D1_S0 ctr_scan_state_reg (
  .CK(top_default_SCK),
  .RN(top_default_RST),
  .D(top_default_next_scan_state),
  .Q(top_default_scan_state)
);
endmodule

module top_default_sequencer1 (
  top_default_CMD,
  top_default_GRP_ID,
  top_default_MCK,
  top_default_RST,
  top_default_SEQ_CS,
  top_default_TPG_1_1_GO,
  top_default_SEQ_ADDR,
  top_default_SEQ_DONE,
  top_default_SEQ_GO,
  top_default_SEQ_OP_CMD,
  top_default_SEQ_PARITY,
  top_default_TPG_1_1_CS0
);

parameter top_default_grp_id_width      = 1;
parameter top_default_meb_id_width      = 1;
parameter top_default_SEQ_STATE_WIDTH   = 2;
parameter top_default_RAM_SEQ_IDLE      = 2'd0;
parameter top_default_RAM_SEQ_PRE       = 2'd1;
parameter top_default_RAM_SEQ_APPLY     = 2'd2;
parameter top_default_RAM_SEQ_DONE      = 2'd3;
parameter top_default_SEQ_ADDR_WIDTH    = 12;
parameter top_default_action_width      = 3;
parameter Rw                            = 3'b001;
parameter r                             = 3'b010;
parameter rW                            = 3'b011;
parameter w                             = 3'b100;
parameter top_default_cmd_width         = 5;
parameter top_default_nop               = 2'd0;
parameter top_default_pseudo_r          = 2'd1;
parameter top_default_read              = 2'd2;
parameter top_default_write             = 2'd3;
parameter top_default_op_cmd_width      = 2;
parameter top_default_op_cnt_width      = 3;

input   [top_default_cmd_width - 1:0]               top_default_CMD;
input   [top_default_grp_id_width - 1:0]            top_default_GRP_ID;
input                                   top_default_MCK;
input                                   top_default_RST;
input                                   top_default_SEQ_CS;
input                                   top_default_TPG_1_1_GO;
output  [top_default_SEQ_ADDR_WIDTH - 1:0]          top_default_SEQ_ADDR;
output                                  top_default_SEQ_DONE;
output                                  top_default_SEQ_GO;
output  [top_default_op_cmd_width - 1:0]            top_default_SEQ_OP_CMD;
output                                  top_default_SEQ_PARITY;
output                                  top_default_TPG_1_1_CS0;

reg     [top_default_op_cmd_width - 1:0] top_default_SEQ_OP_CMD_s;
reg                                     top_default_SEQ_PARITY_s;
reg                                     top_default_TPG_1_1_CS0;
reg                                     top_default_finish_one_sequence;
reg     [top_default_SEQ_ADDR_WIDTH - 1:0] top_default_max_addr;
reg     [top_default_SEQ_ADDR_WIDTH - 1:0] top_default_next_addr_cnt;
reg     [top_default_op_cnt_width - 1:0] top_default_next_op_cnt;
reg     [top_default_SEQ_STATE_WIDTH - 1:0] top_default_next_state;

wire    [top_default_SEQ_ADDR_WIDTH - 1:0] top_default_SEQ_ADDR;
wire    [top_default_op_cmd_width - 1:0] top_default_SEQ_OP_CMD;
wire                                    top_default_SEQ_PARITY;
wire    [top_default_action_width - 1:0] top_default_action;
wire                                    top_default_cmd_parity;
wire                                    top_default_direction;
wire                                    top_default_finish_one_sequence_4_addr;
wire                                    top_default_go_init;
wire                                    top_default_last_address;
wire    [top_default_op_cnt_width - 1:0] top_default_op_cnt;
wire    [top_default_SEQ_STATE_WIDTH - 1:0] top_default_state;

assign top_default_SEQ_DONE = (top_default_state == top_default_RAM_SEQ_DONE);
assign top_default_SEQ_GO = top_default_go_init;
assign top_default_SEQ_OP_CMD = top_default_SEQ_OP_CMD_s;
assign top_default_SEQ_PARITY = top_default_SEQ_PARITY_s;
assign top_default_go_init = top_default_TPG_1_1_GO;
assign top_default_last_address = top_default_direction ? (top_default_SEQ_ADDR == 12'd0) : (top_default_SEQ_ADDR >= top_default_max_addr);
assign {top_default_direction, top_default_cmd_parity, top_default_action} = top_default_CMD;

always @(*) begin
  if (~top_default_SEQ_CS) begin
    top_default_TPG_1_1_CS0 = 1'd0;
  end else if (top_default_SEQ_ADDR > 12'd4095) begin
    top_default_TPG_1_1_CS0 = 1'd0;
  end else if (top_default_GRP_ID != 1'd1) begin
    top_default_TPG_1_1_CS0 = 1'd0;
  end else begin
    top_default_TPG_1_1_CS0 = 1'd1;
  end
end

always @(*) begin
    case (top_default_action) //synopsys parallel_case
      Rw:   if (top_default_op_cnt >= 3'd1)        top_default_finish_one_sequence = 1'b1;
            else                         top_default_finish_one_sequence = 1'b0;
      r:   if (top_default_op_cnt >= 3'd0)        top_default_finish_one_sequence = 1'b1;
            else                         top_default_finish_one_sequence = 1'b0;
      rW:   if (top_default_op_cnt >= 3'd1)        top_default_finish_one_sequence = 1'b1;
            else                         top_default_finish_one_sequence = 1'b0;
      w:   if (top_default_op_cnt >= 3'd0)        top_default_finish_one_sequence = 1'b1;
            else                         top_default_finish_one_sequence = 1'b0;
      default: top_default_finish_one_sequence = 1'b0;
    endcase
end

always @(*) begin
  if (~top_default_SEQ_CS) begin
    top_default_max_addr = 12'd0;
  end else begin
    case (top_default_GRP_ID)
      1'b1: top_default_max_addr = 12'd4095;
      default: top_default_max_addr = 12'd0;
    endcase
  end
end

always @(*) begin
  if (~top_default_SEQ_CS) begin
    top_default_next_addr_cnt = 12'd0;
  end else begin
    case (top_default_state)
      top_default_RAM_SEQ_IDLE: top_default_next_addr_cnt = (top_default_direction == 1'd0) ? 12'd0 : top_default_max_addr;
      top_default_RAM_SEQ_APPLY: begin
        if (top_default_finish_one_sequence_4_addr) begin
          top_default_next_addr_cnt = (top_default_direction == 1'd0) ? (top_default_SEQ_ADDR + 12'd1) : (top_default_SEQ_ADDR - 12'd1);
        end else begin
          top_default_next_addr_cnt = top_default_SEQ_ADDR;
       end
      end
      default: top_default_next_addr_cnt = top_default_SEQ_ADDR;
    endcase
  end
end

always @(*) begin
  if (~top_default_SEQ_CS) begin
    top_default_next_op_cnt = 3'd0;
  end else begin
    if((top_default_state == top_default_RAM_SEQ_PRE) | (top_default_state == top_default_RAM_SEQ_APPLY))begin
      top_default_next_op_cnt = top_default_finish_one_sequence ? 3'd0 : (top_default_op_cnt + 3'd1);
    end else begin
      top_default_next_op_cnt = 3'd0;
    end
  end
end

always @(*) begin
  if (~top_default_SEQ_CS) begin
    top_default_next_state = top_default_RAM_SEQ_IDLE;
  end else begin
    case (top_default_state)
      top_default_RAM_SEQ_IDLE: top_default_next_state = top_default_RAM_SEQ_PRE;
      top_default_RAM_SEQ_PRE: top_default_next_state = top_default_RAM_SEQ_APPLY;
      top_default_RAM_SEQ_APPLY: top_default_next_state = (top_default_finish_one_sequence & top_default_last_address) ? top_default_RAM_SEQ_DONE : top_default_RAM_SEQ_APPLY;
      top_default_RAM_SEQ_DONE: top_default_next_state = top_default_RAM_SEQ_DONE;
      default: top_default_next_state = top_default_RAM_SEQ_IDLE;
    endcase
  end
end

always@(posedge top_default_MCK or negedge top_default_RST)begin
  if(~top_default_RST)begin
    top_default_SEQ_OP_CMD_s <= top_default_nop;
  end else begin
    if (~top_default_SEQ_CS) begin
      top_default_SEQ_OP_CMD_s <= top_default_nop;
    end else if ((top_default_state != top_default_RAM_SEQ_PRE) & (top_default_state != top_default_RAM_SEQ_APPLY)) begin
      top_default_SEQ_OP_CMD_s <= top_default_nop;
    end else if ((top_default_state == top_default_RAM_SEQ_APPLY) & top_default_last_address & top_default_finish_one_sequence_4_addr) begin
      top_default_SEQ_OP_CMD_s <= top_default_nop;
    end else begin
      case (top_default_action) // synopsys parallel_case
        r : begin
               case (top_default_op_cnt) // synopsys parallel_case
                   3'd0 : top_default_SEQ_OP_CMD_s <= top_default_read;
                 default : top_default_SEQ_OP_CMD_s <= top_default_nop;
               endcase
             end
        Rw : begin
               case (top_default_op_cnt) // synopsys parallel_case
                   3'd0 : top_default_SEQ_OP_CMD_s <= top_default_read;
                   3'd1 : top_default_SEQ_OP_CMD_s <= top_default_write;
                 default : top_default_SEQ_OP_CMD_s <= top_default_nop;
               endcase
             end
        rW : begin
               case (top_default_op_cnt) // synopsys parallel_case
                   3'd0 : top_default_SEQ_OP_CMD_s <= top_default_read;
                   3'd1 : top_default_SEQ_OP_CMD_s <= top_default_write;
                 default : top_default_SEQ_OP_CMD_s <= top_default_nop;
               endcase
             end
        w : begin
               case (top_default_op_cnt) // synopsys parallel_case
                   3'd0 : top_default_SEQ_OP_CMD_s <= top_default_write;
                 default : top_default_SEQ_OP_CMD_s <= top_default_nop;
               endcase
             end
        default : top_default_SEQ_OP_CMD_s <= top_default_nop;
      endcase
    end
  end
end

always@(posedge top_default_MCK or negedge top_default_RST)begin
  if(~top_default_RST)begin
    top_default_SEQ_PARITY_s <= 1'd0;
  end else begin
    if (~top_default_SEQ_CS) begin
      top_default_SEQ_PARITY_s <= top_default_cmd_parity;
    end else if ((top_default_state != top_default_RAM_SEQ_PRE) & (top_default_state != top_default_RAM_SEQ_APPLY)) begin
      top_default_SEQ_PARITY_s <= top_default_cmd_parity;
    end else begin
      case (top_default_action) // synopsys parallel_case
        Rw : begin
               case (top_default_op_cnt) // synopsys parallel_case
                 3'd1 : top_default_SEQ_PARITY_s <= ~top_default_cmd_parity;
                 default : top_default_SEQ_PARITY_s <= top_default_cmd_parity;
               endcase
             end
        rW : begin
               case (top_default_op_cnt) // synopsys parallel_case
                 3'd1 : top_default_SEQ_PARITY_s <= ~top_default_cmd_parity;
                 default : top_default_SEQ_PARITY_s <= top_default_cmd_parity;
               endcase
             end
        default : top_default_SEQ_PARITY_s <= top_default_cmd_parity;
      endcase
    end
  end
end

top_default_BUFF_ASYNC_W1_D1_S0 top_default_finish_one_sequence_4_addr_reg (
  .CK(top_default_MCK),
  .RN(top_default_RST),
  .D(top_default_finish_one_sequence),
  .Q(top_default_finish_one_sequence_4_addr)
);

top_default_BUFF_ASYNC_W12_D1_S0 top_default_seq_addr_reg (
  .CK(top_default_MCK),
  .RN(top_default_RST),
  .D(top_default_next_addr_cnt),
  .Q(top_default_SEQ_ADDR)
);

top_default_BUFF_ASYNC_W3_D1_S0 top_default_seq_op_cnt_reg (
  .CK(top_default_MCK),
  .RN(top_default_RST),
  .D(top_default_next_op_cnt),
  .Q(top_default_op_cnt)
);

top_default_BUFF_ASYNC_W2_D1_S0 top_default_seq_state_reg (
  .CK(top_default_MCK),
  .RN(top_default_RST),
  .D(top_default_next_state),
  .Q(top_default_state)
);
endmodule

module top_default_tcr_1_1_1 (
  top_default_A_m,
  top_default_A_s,
  top_default_CEN_m,
  top_default_CEN_s,
  top_default_CLK_s,
  top_default_D_m,
  top_default_D_s,
  top_default_MCK,
  top_default_MEN,
  top_default_OEN_m,
  top_default_OEN_s,
  top_default_Q_t,
  top_default_WEN_m,
  top_default_WEN_s,
  top_default_A_t,
  top_default_CEN_t,
  top_default_CLK_t,
  top_default_D_t,
  top_default_OEN_t,
  top_default_Q_m,
  top_default_Q_s,
  top_default_WEN_t
);

parameter top_default_TPG_ADDR_WIDTH    = 12;
parameter top_default_TPG_DATA_IN_WIDTH = 32;
parameter top_default_TPG_DATA_OUT_WIDTH = 32;

input   [top_default_TPG_ADDR_WIDTH - 1:0]          top_default_A_m;
input   [top_default_TPG_ADDR_WIDTH - 1:0]          top_default_A_s;
input                                   top_default_CEN_m;
input                                   top_default_CEN_s;
input                                   top_default_CLK_s;
input   [top_default_TPG_DATA_IN_WIDTH - 1:0]       top_default_D_m;
input   [top_default_TPG_DATA_IN_WIDTH - 1:0]       top_default_D_s;
input                                   top_default_MCK;
input                                   top_default_MEN;
input                                   top_default_OEN_m;
input                                   top_default_OEN_s;
input   [top_default_TPG_DATA_OUT_WIDTH - 1:0]      top_default_Q_t;
input                                   top_default_WEN_m;
input                                   top_default_WEN_s;
output  [top_default_TPG_ADDR_WIDTH - 1:0]          top_default_A_t;
output                                  top_default_CEN_t;
output                                  top_default_CLK_t;
output  [top_default_TPG_DATA_IN_WIDTH - 1:0]       top_default_D_t;
output                                  top_default_OEN_t;
output  [top_default_TPG_DATA_OUT_WIDTH - 1:0]      top_default_Q_m;
output  [top_default_TPG_DATA_OUT_WIDTH - 1:0]      top_default_Q_s;
output                                  top_default_WEN_t;


wire    [31:0]                          top_default_Q_buf;

assign top_default_A_t = top_default_MEN ? top_default_A_m : top_default_A_s;
assign top_default_CEN_t = top_default_MEN ? top_default_CEN_m : top_default_CEN_s;
assign top_default_D_t = top_default_MEN ? top_default_D_m : top_default_D_s;
assign top_default_OEN_t = top_default_MEN ? top_default_OEN_m : top_default_OEN_s;
assign top_default_Q_buf = top_default_Q_t;
assign top_default_Q_s = top_default_Q_buf;
assign top_default_WEN_t = top_default_MEN ? top_default_WEN_m : top_default_WEN_s;

top_default_CKMUX__W1 CLK__ck_mux (
  .I0(top_default_CLK_s),
  .I1(top_default_MCK),
  .S(top_default_MEN),
  .Z(top_default_CLK_t)
);

assign #20.0 top_default_Q_m = top_default_Q_buf;
endmodule

module top_default_tpg_1_1_1 (
  top_default_MCK,
  top_default_Q_m,
  top_default_RST,
  top_default_SEQ_ADDR,
  top_default_SEQ_OP_CMD,
  top_default_SEQ_PARITY,
  top_default_TPG_CS0,
  top_default_A_m,
  top_default_CEN_m,
  top_default_D_m,
  top_default_OEN_m,
  top_default_TPG_GO,
  top_default_WEN_m
);

parameter top_default_TPG_ADDR_WIDTH    = 12;
parameter top_default_TPG_DATA_WIDTH    = 32;
parameter top_default_TPG_DATA_IN_WIDTH = 32;
parameter top_default_TPG_DATA_OUT_WIDTH = 32;
parameter top_default_pseudo_r          = 2'b01;
parameter top_default_read              = 2'b10;
parameter top_default_write             = 2'b11;
parameter top_default_pattern_0         = 32'h0000_0000;
parameter top_default_expect_data       = 32'h0000_0000;

input                                   top_default_MCK;
input   [top_default_TPG_DATA_OUT_WIDTH - 1:0]      top_default_Q_m;
input                                   top_default_RST;
input   [top_default_TPG_ADDR_WIDTH - 1:0]          top_default_SEQ_ADDR;
input   [1:0]                           top_default_SEQ_OP_CMD;
input                                   top_default_SEQ_PARITY;
input                                   top_default_TPG_CS0;
output  [top_default_TPG_ADDR_WIDTH - 1:0]          top_default_A_m;
output                                  top_default_CEN_m;
output  [top_default_TPG_DATA_IN_WIDTH - 1:0]       top_default_D_m;
output                                  top_default_OEN_m;
output                                  top_default_TPG_GO;
output                                  top_default_WEN_m;

reg     [11:0]                          top_default_ADDR_bist;
reg                                     top_default_CS_bist;
reg     [31:0]                          top_default_D_bist;
reg                                     OE_bist;
reg                                     top_default_WE_bist;

wire    [11:0]                          top_default_A_buf_in;
wire    [11:0]                          top_default_A_buf_out;
wire                                    top_default_CEN_buf_in;
wire                                    top_default_CEN_buf_out;
wire    [31:0]                          top_default_D_buf_in;
wire    [31:0]                          top_default_D_buf_out;
wire                                    OEN_buf_in;
wire                                    OEN_buf_out;
wire                                    top_default_PARITY_INV;
wire    [top_default_TPG_ADDR_WIDTH - 1:0] top_default_TPG_ADDR_SCMB;
wire                                    top_default_TPG_GO_inner;
wire                                    top_default_WEN_buf_in;
wire                                    top_default_WEN_buf_out;
wire                                    top_default_compare_buf_in;
wire                                    top_default_compare_buf_out;
wire    [top_default_TPG_DATA_OUT_WIDTH - 1:0] fault_bit;
wire                                    top_default_parity_buf_in;
wire                                    top_default_parity_buf_out;
wire                                    top_default_pre_go;
wire                                    top_default_tpg_cs;

assign top_default_A_buf_in = top_default_TPG_CS0 ? top_default_ADDR_bist : 12'h000;
assign top_default_A_m = top_default_A_buf_out;
assign top_default_CEN_buf_in = top_default_TPG_CS0 ? top_default_CS_bist : 1'h1;
assign top_default_CEN_m = top_default_CEN_buf_out;
assign top_default_D_buf_in = top_default_TPG_CS0 ? top_default_D_bist : 32'h0000_0000;
assign top_default_D_m = top_default_D_buf_out;
assign OEN_buf_in = top_default_TPG_CS0 ? OE_bist : 1'h1;
assign top_default_OEN_m = OEN_buf_out;
assign top_default_PARITY_INV = top_default_SEQ_PARITY;
assign top_default_TPG_ADDR_SCMB = top_default_SEQ_ADDR;
assign top_default_TPG_GO = top_default_TPG_GO_inner;
assign top_default_WEN_buf_in = top_default_TPG_CS0 ? top_default_WE_bist : 1'h1;
assign top_default_WEN_m = top_default_WEN_buf_out;
assign top_default_compare_buf_in = ~top_default_tpg_cs | (top_default_SEQ_OP_CMD != top_default_read);
assign fault_bit = top_default_Q_m ^ (top_default_parity_buf_out ? top_default_expect_data : ~top_default_expect_data);
assign top_default_parity_buf_in = top_default_PARITY_INV;
assign top_default_pre_go = top_default_compare_buf_out | ~(|fault_bit);
assign top_default_tpg_cs = top_default_TPG_CS0;

always @(*) begin
    top_default_ADDR_bist = top_default_TPG_ADDR_SCMB;
end

always @(*) begin
  if (~top_default_tpg_cs) begin
    top_default_CS_bist = 1'h1;
  end else begin
    case (top_default_SEQ_OP_CMD)
      top_default_pseudo_r: top_default_CS_bist = 1'h0;
      top_default_read:     top_default_CS_bist = 1'h0;
      top_default_write:    top_default_CS_bist = 1'h0;
      default:  top_default_CS_bist = 1'h1;
    endcase
  end
end

always @(*) begin
  case(top_default_PARITY_INV) // synopsys parallel_case
    1'b0    : top_default_D_bist = ~top_default_expect_data[top_default_TPG_DATA_IN_WIDTH - 1:0];
    1'b1    : top_default_D_bist = top_default_expect_data[top_default_TPG_DATA_IN_WIDTH - 1:0];
    default : top_default_D_bist = top_default_expect_data[top_default_TPG_DATA_IN_WIDTH - 1:0];
  endcase
end

always @(*) begin
  if (~top_default_tpg_cs) begin
    OE_bist = 1'h1;
  end else begin
    case (top_default_SEQ_OP_CMD)
      top_default_pseudo_r: OE_bist = 1'h0;
      top_default_read:     OE_bist = 1'h0;
      default:  OE_bist = 1'h1;
    endcase
  end
end

always @(*) begin
  if (~top_default_tpg_cs) begin
    top_default_WE_bist = 1'h1;
  end else begin
    case (top_default_SEQ_OP_CMD)
      top_default_write:    top_default_WE_bist = 1'h0;
      default:  top_default_WE_bist = 1'h1;
    endcase
  end
end

assign #20.0 top_default_A_buf_out = top_default_A_buf_in;

assign #20.0 top_default_CEN_buf_out = top_default_CEN_buf_in;

top_default_BUFF_ASYNC_W1_D1_S1 top_default_ram_tpg_compare_reg (
  .CK(top_default_MCK),
  .RN(top_default_RST),
  .D(top_default_compare_buf_in),
  .Q(top_default_compare_buf_out)
);

assign #20.0 top_default_D_buf_out = top_default_D_buf_in;

top_default_BUFF_ASYNC_W1_D1_S1 top_default_ram_tpg_go_inner_reg (
  .CK(top_default_MCK),
  .RN(top_default_RST),
  .D(top_default_pre_go),
  .Q(top_default_TPG_GO_inner)
);

top_default_BUFF_ASYNC_W1_D1_S1 ram_tpg_oen_reg (
  .CK(top_default_MCK),
  .RN(top_default_RST),
  .D(OEN_buf_in),
  .Q(OEN_buf_out)
);

top_default_BUFF_ASYNC_W1_D1_S0 top_default_ram_tpg_parity_reg (
  .CK(top_default_MCK),
  .RN(top_default_RST),
  .D(top_default_parity_buf_in),
  .Q(top_default_parity_buf_out)
);

assign #20.0 top_default_WEN_buf_out = top_default_WEN_buf_in;
endmodule

module top_default_async_pos_pulse_W1(
  CKA,
  CKB,
  RNA,
  RNB,
  DA,
  DB
);

input                                   CKA;
input                                   CKB;
input                                   RNA;
input                                   RNB;
input                                   DA;
output                                  DB;

wire                                    a0;
wire                                    ab;
wire                                    b0;
wire                                    b1;
wire                                    b2;


assign a0 = DA ^ ab;
assign DB = b1 ^ b2;


top_default_BUFF_ASYNC_W1_D1_S0 sys_a (
  .CK(CKA),
  .RN(RNA),
  .D(a0),
  .Q(ab)
);

top_default_BUFF_ASYNC_W1_D1_S0 sys_b0 (
  .CK(CKB),
  .RN(RNB),
  .D(ab),
  .Q(b0)
);

top_default_BUFF_ASYNC_W1_D1_S0 sys_b1 (
  .CK(CKB),
  .RN(RNB),
  .D(b0),
  .Q(b1)
);

top_default_BUFF_ASYNC_W1_D1_S0 sys_b2 (
  .CK(CKB),
  .RN(RNB),
  .D(b1),
  .Q(b2)
);
endmodule

module top_default_BUFF_ASYNC_W1_D1_S0 (CK, RN, D, Q);
  input                                   CK;
  input                                   RN;
  input                                   D;
  output                                  Q;
  
  reg                                     Q;
  
  always @(posedge CK or negedge RN) begin
    if (~RN) begin
      Q <= 1'b0;
    end else begin
      Q <= D;
    end
  end
endmodule

module top_default_BUFF_ASYNC_W1_D1_S1 (CK, RN, D, Q);
  input                                   CK;
  input                                   RN;
  input                                   D;
  output                                  Q;
  
  reg                                     Q;
  
  always @(posedge CK or negedge RN) begin
    if (~RN) begin
      Q <= 1'b1;
    end else begin
      Q <= D;
    end
  end
endmodule

module top_default_BUFF_ASYNC_W2_D1_S0 (CK, RN, D, Q);
  input                                   CK;
  input                                   RN;
  input   [1:0]                           D;
  output  [1:0]                           Q;
  
  reg     [1:0]                           Q;
  
  always @(posedge CK or negedge RN) begin
    if (~RN) begin
      Q <= 2'b00;
    end else begin
      Q <= D;
    end
  end
endmodule

module top_default_BUFF_ASYNC_W3_D1_S0 (CK, RN, D, Q);
  input                                   CK;
  input                                   RN;
  input   [2:0]                           D;
  output  [2:0]                           Q;
  
  reg     [2:0]                           Q;
  
  always @(posedge CK or negedge RN) begin
    if (~RN) begin
      Q <= 3'b000;
    end else begin
      Q <= D;
    end
  end
endmodule

module top_default_BUFF_ASYNC_W4_D1_S0 (CK, RN, D, Q);
  input                                   CK;
  input                                   RN;
  input   [3:0]                           D;
  output  [3:0]                           Q;
  
  reg     [3:0]                           Q;
  
  always @(posedge CK or negedge RN) begin
    if (~RN) begin
      Q <= 4'b0000;
    end else begin
      Q <= D;
    end
  end
endmodule

module top_default_BUFF_ASYNC_W5_D1_S0 (CK, RN, D, Q);
  input                                   CK;
  input                                   RN;
  input   [4:0]                           D;
  output  [4:0]                           Q;
  
  reg     [4:0]                           Q;
  
  always @(posedge CK or negedge RN) begin
    if (~RN) begin
      Q <= 5'b00000;
    end else begin
      Q <= D;
    end
  end
endmodule

module top_default_BUFF_ASYNC_W12_D1_S0 (CK, RN, D, Q);
  input                                   CK;
  input                                   RN;
  input   [11:0]                          D;
  output  [11:0]                          Q;
  
  reg     [11:0]                          Q;
  
  always @(posedge CK or negedge RN) begin
    if (~RN) begin
      Q <= 12'b000000000000;
    end else begin
      Q <= D;
    end
  end
endmodule

module top_default_CKMUX__W1 (I0, I1, S, Z);
  input                                   I0;
  input                                   I1;
  input                                   S;
  output                                  Z;
  
  reg                                     Z;

  always@(*)begin
    case(S)
      1'b0   : Z = I0 ;
      1'b1   : Z = I1 ;
      default: Z = 1'b0;
    endcase
  end
endmodule